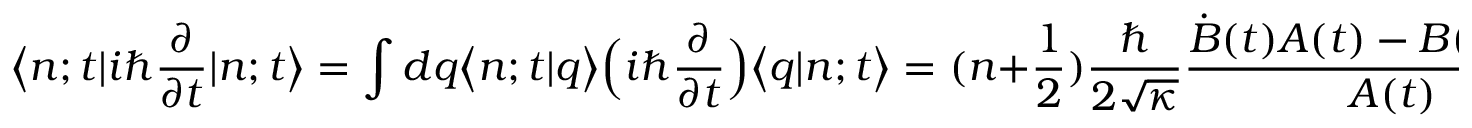
\bigl < n ; t | i \hbar \frac { \partial } { \partial t } | n ; t \bigr > = \int d q \bigl < n ; t | q \bigr > \Bigl ( i \hbar \frac { \partial } { \partial t } \Bigr ) \bigl < q | n ; t \bigr > = ( n + \frac { 1 } { 2 } ) \frac { \hbar } { 2 \sqrt { \kappa } } \frac { \dot { B } ( t ) A ( t ) - B ( t ) \dot { A } ( t ) } { A ( t ) } ,